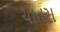
ચાતરા